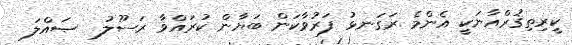
ކީރިތިޤުރްއާނަކީ އެންމެ ރަގަނޅު ފަރުވާކަން ބަޔާން ކުރައްވާ ރަސޫލު  ޞައްލަ